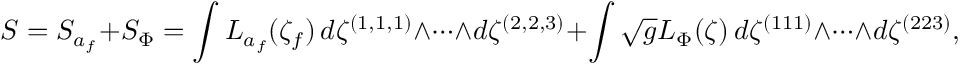
S = S _ { a _ { f } } + S _ { \Phi } = \int L _ { a _ { f } } ( \zeta _ { f } ) \, d \zeta ^ { ( 1 , 1 , 1 ) } \wedge \cdots \wedge d \zeta ^ { ( 2 , 2 , 3 ) } + \int \sqrt { g } L _ { \Phi } ( \zeta ) \, d \zeta ^ { ( 1 1 1 ) } \wedge \cdots \wedge d \zeta ^ { ( 2 2 3 ) } ,